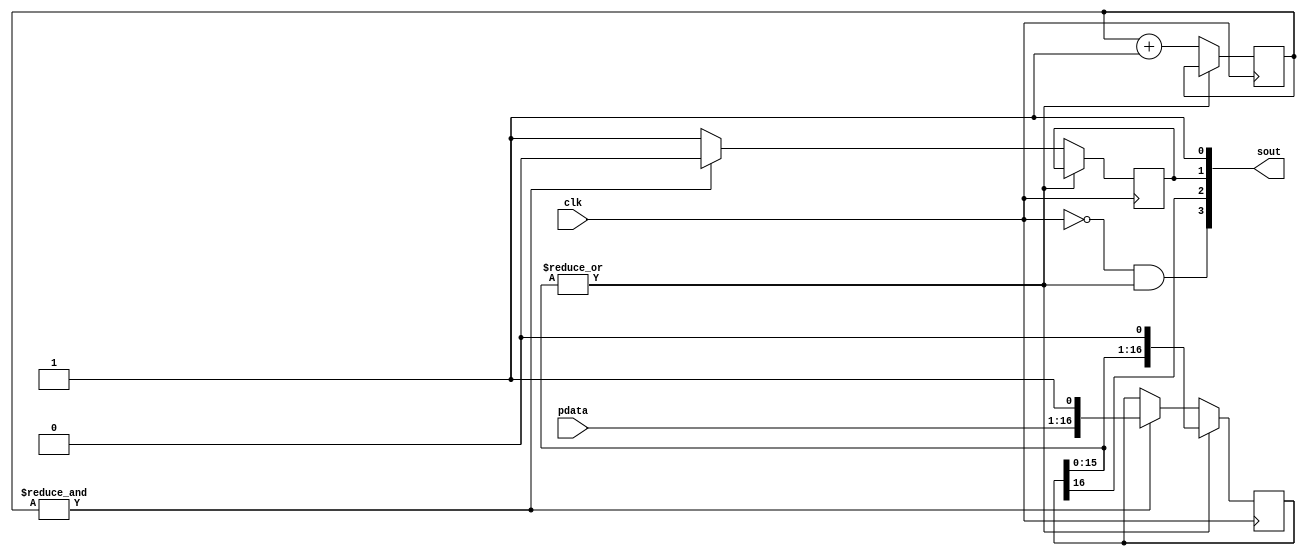
module ShiftReg(clk, pdata, sout);
    parameter WIDTH = 16;
    parameter DELAY = 12;
    input clk;
    input [WIDTH - 1:0] pdata;
    output [3:0] sout;
    assign sout = {sck, sdat, oe, clrn};
    
    wire sck, sdat, clrn;
    reg oe;
    
    reg [WIDTH:0] shift;
    reg [DELAY-1:0] counter = -1;
    wire sckEn;
    
    assign sckEn = |shift[WIDTH - 1:0];
    assign sck = ~clk & sckEn;
    assign sdat = shift[WIDTH];
    assign clrn = 1'b1;
    
    always @ (posedge clk)
    begin
        if(sckEn)
            shift <= {shift[WIDTH - 1:0], 1'b0};
        else
        begin
            if(&counter)
            begin
                shift <= {pdata, 1'b1};
                oe <= 1'b0;
            end
            else
                oe <= 1'b1;
            counter <= counter + 1'b1;
        end
    end
endmodule